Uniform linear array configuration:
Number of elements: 24
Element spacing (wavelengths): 0.75
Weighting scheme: kaiser
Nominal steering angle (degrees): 30
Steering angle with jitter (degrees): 29.511
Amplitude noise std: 0.05
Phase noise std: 0.05

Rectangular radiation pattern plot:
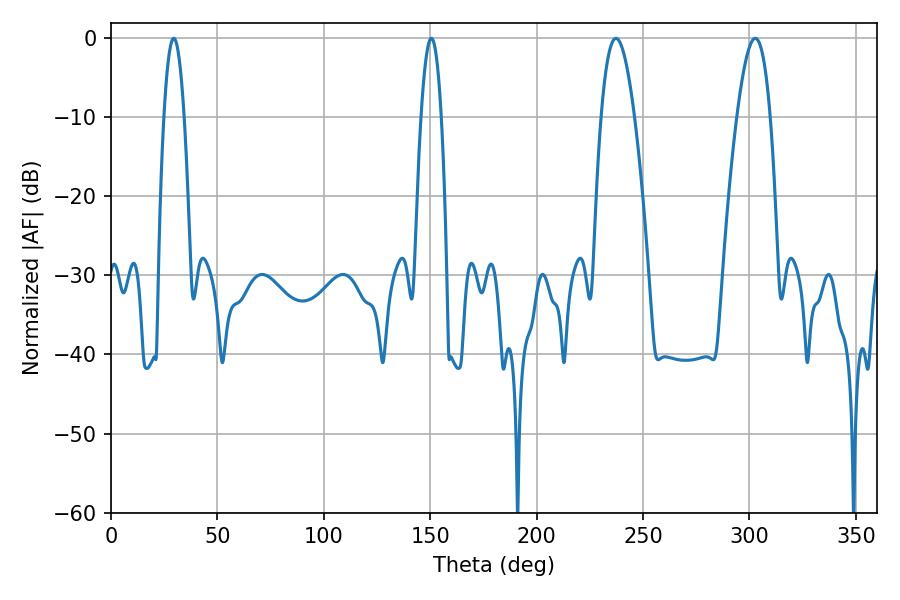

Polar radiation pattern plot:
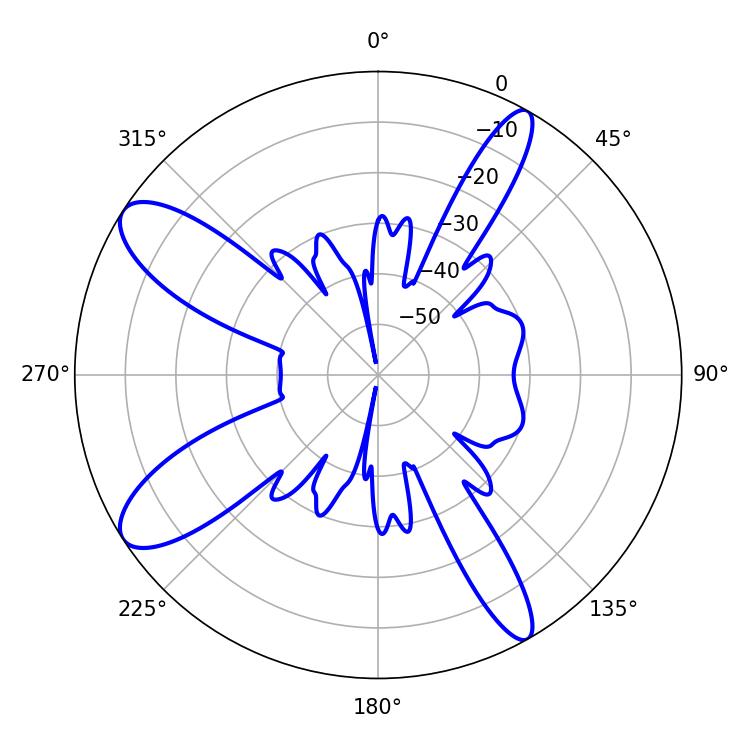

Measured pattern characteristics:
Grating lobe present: TRUE
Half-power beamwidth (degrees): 8.46
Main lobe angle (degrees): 302.76